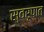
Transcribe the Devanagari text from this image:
स्‍वरूपात